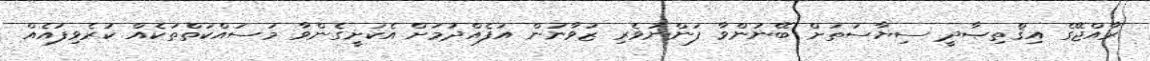
ރާއްޖޭގެ އިޤްތިޞާދީ ސިޔާސަތަށް ބޭނުންވާ ފަންނުވެރި ޒުވާނުން އުފެއްދުމަށް އެކަށީގެންވާ މަސައްކަތްތަކެއް ކުރެވިފައެއް